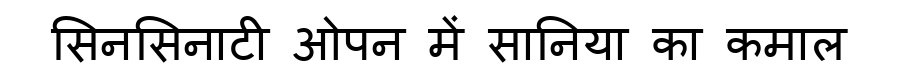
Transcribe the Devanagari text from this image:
सिनसिनाटी ओपन में सानिया का कमाल